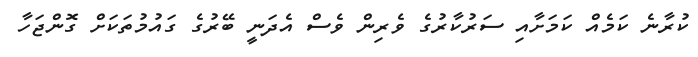
ކުރާނެ ކަމެއް ކަމަށާއި ސަރުކާރުގެ ވެރިން ވެސް އެދަނީ ބޭރުގެ ގައުމުތަކަށް ގޮންޖަހާ